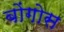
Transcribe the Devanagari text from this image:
बोंगोस